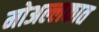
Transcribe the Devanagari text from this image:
मोअल्लकात